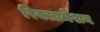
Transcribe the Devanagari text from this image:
रिक्लामेशन